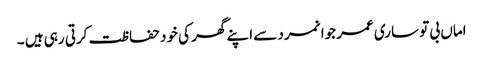
اماں بی تو ساری عمر جوانمرد سے اپنے گھر کی خود حفاظت کرتی رہی ہیں ۔